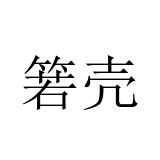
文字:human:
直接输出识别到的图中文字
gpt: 箬壳